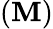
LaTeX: (\mathbf{M})